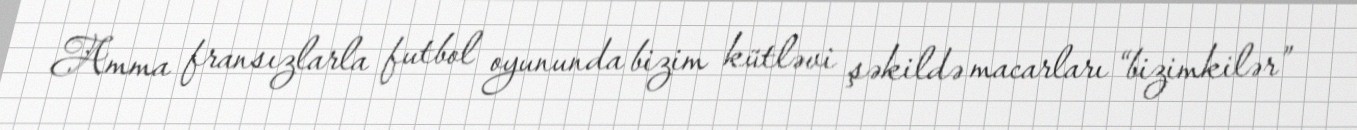
Amma fransızlarla futbol oyununda bizim kütləvi şəkildə macarları “bizimkilər”